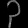
Digit: ၃